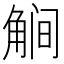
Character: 𰴥